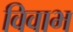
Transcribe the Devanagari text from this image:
विवाभ